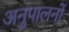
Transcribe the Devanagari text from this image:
अनुपालनों